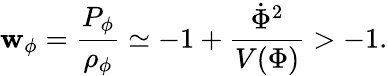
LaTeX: \mathbf{w}_{\phi}=\frac{{P_{\phi}}}{{\rho_{\phi}}}\simeq-1+\frac{{\dot{{\Phi}}^{2}}}{{V(\Phi)}}>-1.